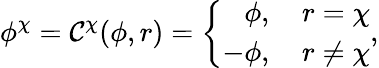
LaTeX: \phi^{\chi}=\mathcal{C}^{\chi}(\phi,r)=\bigg\{ \begin{array}{r}{\phi,\quad r=\chi}\\ {-\phi,\quad r\neq\chi}\end{array},